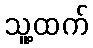
သူ့ထက်